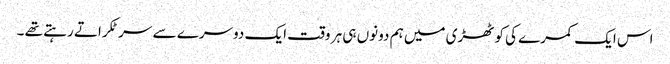
اس ایک کمرے کی کوٹھڑی میں ہم دونوں ہی ہر وقت ایک دوسرے سے سر ٹکراتے رہتے تھے ۔